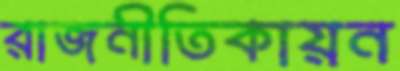
রাজনীতিকায়ন